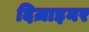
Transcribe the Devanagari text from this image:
दिज़ाइनर